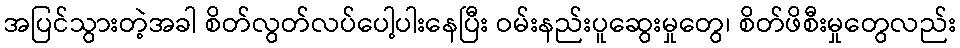
အပြင်သွားတဲ့အခါ စိတ်လွတ်လပ်ပေါ့ပါးနေပြီး ဝမ်းနည်းပူဆွေးမှုတွေ၊ စိတ်ဖိစီးမှုတွေလည်း